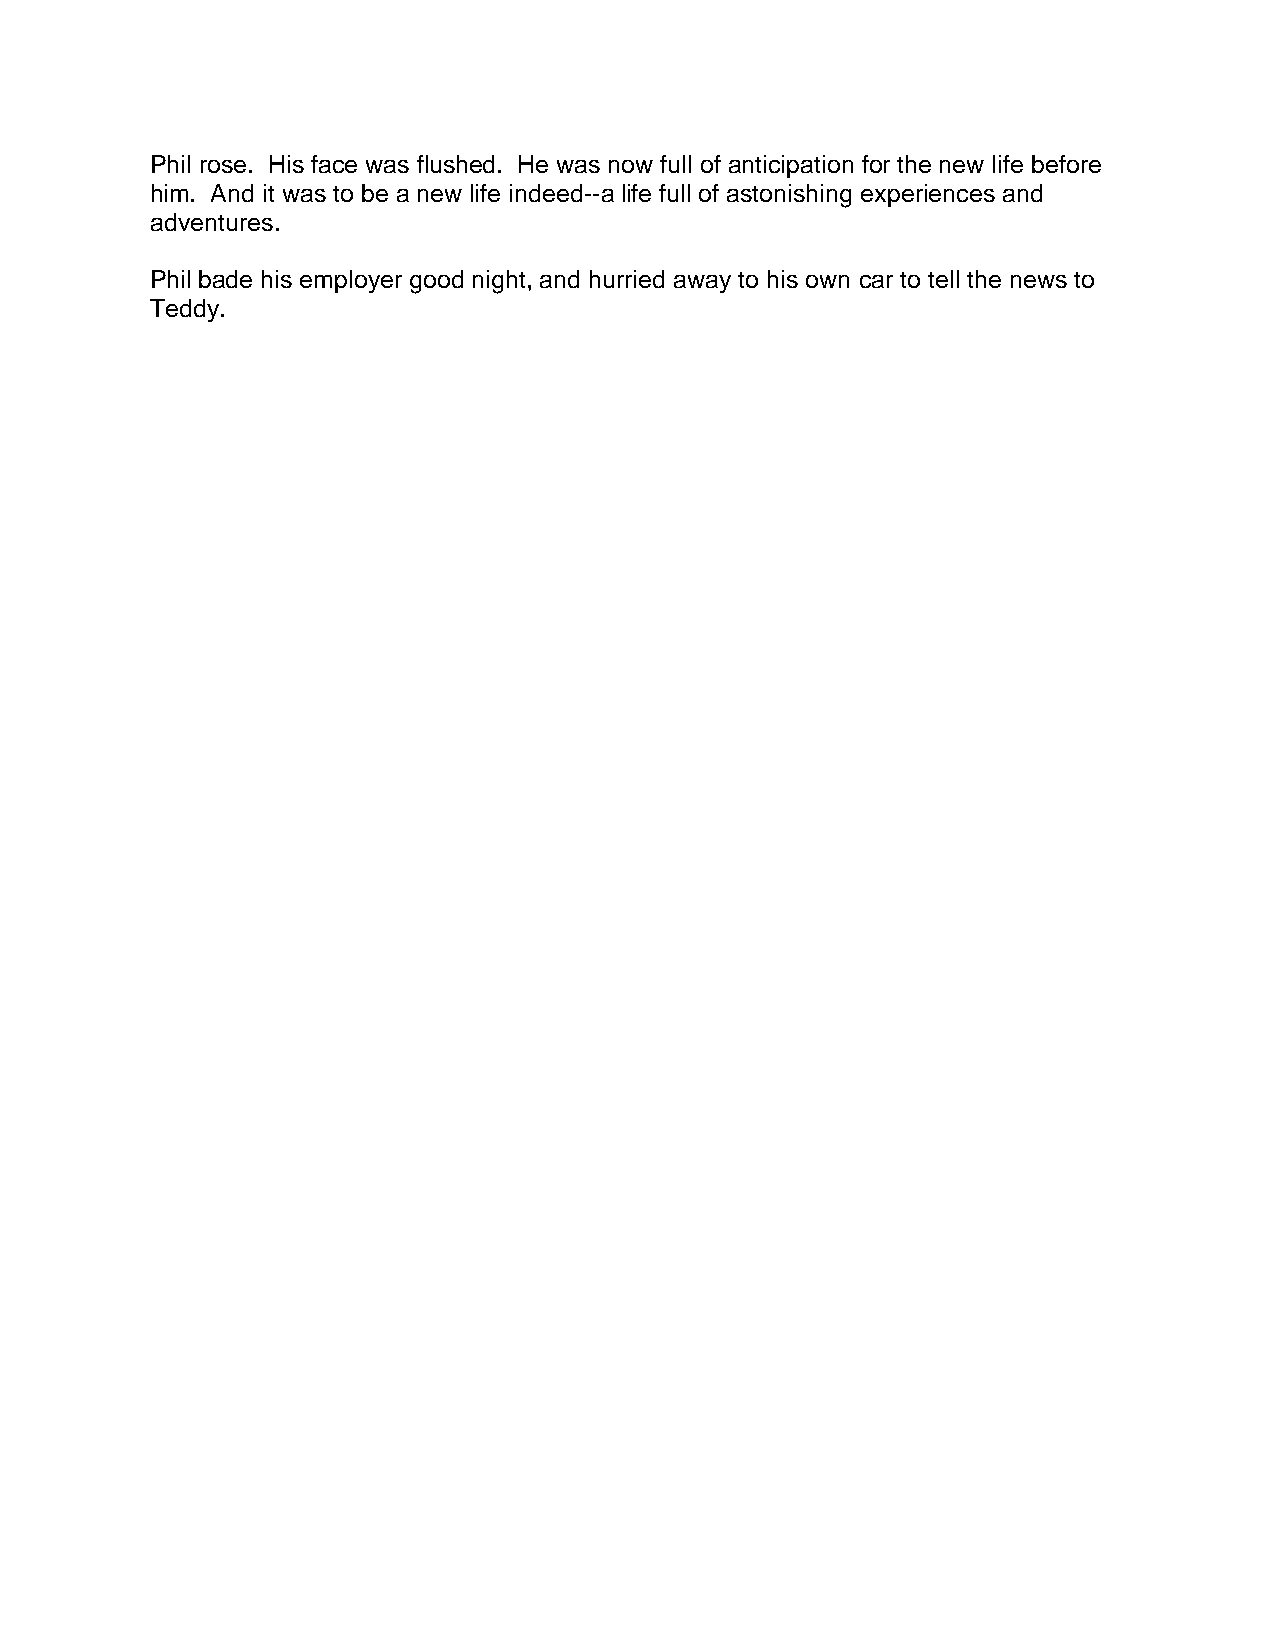
Phil rose. His face was flushed. He was now full of anticipation for the new life before
 him. And it was to be a new life indeed--a life full of astonishing experiences and
 adventures.
 Phil bade his employer good night, and hurried away to his own car to tell the news to
 Teddy.